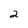
Character: 2